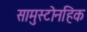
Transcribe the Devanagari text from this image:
सामुस्टोनहिक